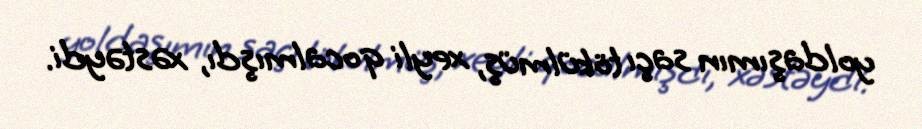
yoldaşımın saçı tökülmüş, xeyli qocalmışdı, xəstəydi.